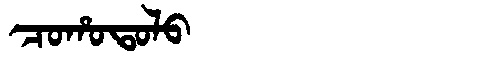
Manchu: ᠴᠣᡥᠣᡨᠣᠯᠣ
Romanization: COHOTOLO